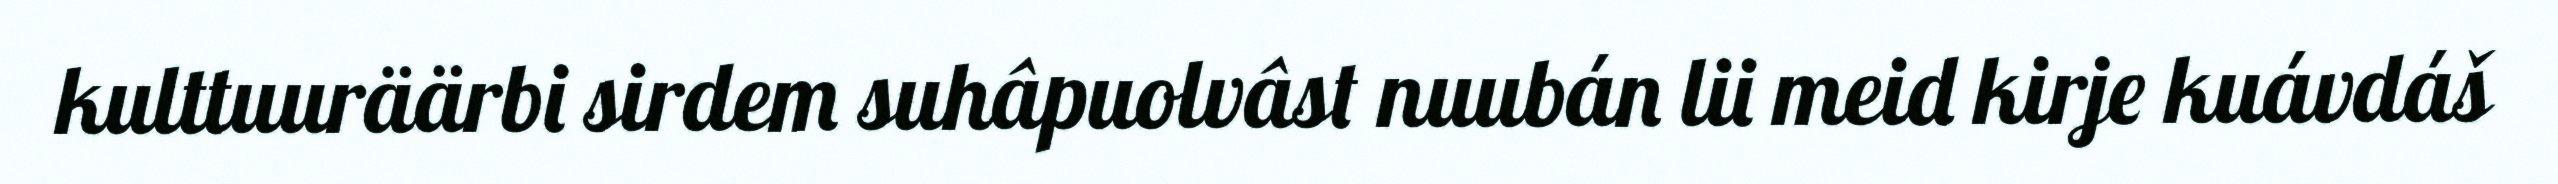
kulttuuräärbi sirdem suhâpuolvâst nuubán lii meid kirje kuávdáš